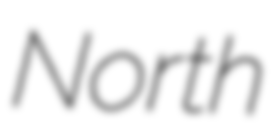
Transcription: North